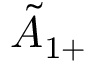
{ \tilde { A } } _ { 1 + }